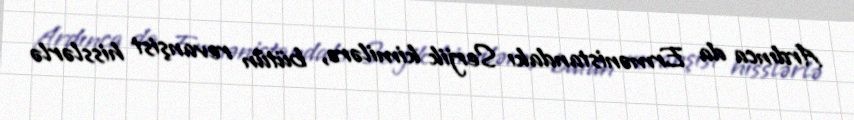
Ardınca da Ermənistandakı Serjik kimilərə, bütün revanşist hisslərlə